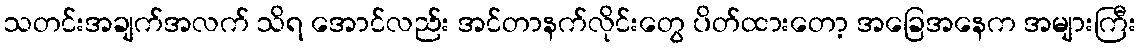
သတင်းအချက်အလက် သိရ အောင်လည်း အင်တာနက်လိုင်းတွေ ပိတ်ထားတော့ အခြေအနေက အများကြီး